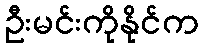
ဦးမင်းကိုနိုင်က